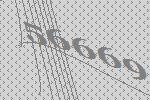
56669